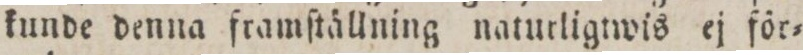
kunde denna framſtällning naturligtwis ej för=